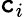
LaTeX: \mathtt{c}_{i}